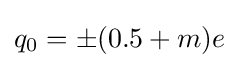
q_{0}=\pm (0.5+m)e